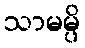
သာမမ္ပိ